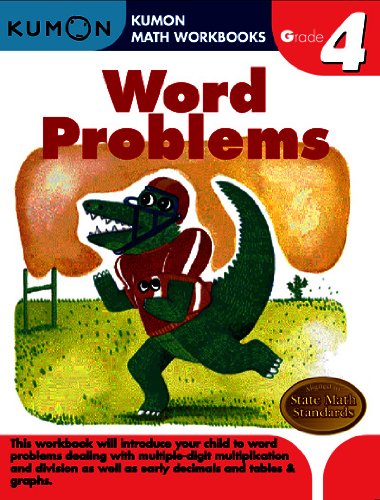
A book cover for Word Problems Grade 4 (Kumon Math Workbooks); Kumon Publishing; Children's Books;